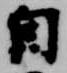
自